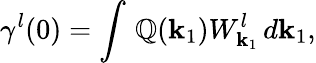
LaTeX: \gamma^{l}(0)=\int\, \mathbb{Q}({\mathbf{k}}_{1})W_{{\mathbf{k}}_{1}}^{l}\, d{\mathbf{k}}_{1},